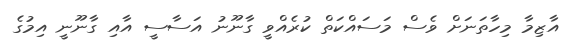
އާޒިމާ މިހާތަނަށް ވެސް މަސައްކަތް ކުރެއްވީ ގާނޫނު އަސާސީ އާއި ގާނޫނީ އިމުގެ